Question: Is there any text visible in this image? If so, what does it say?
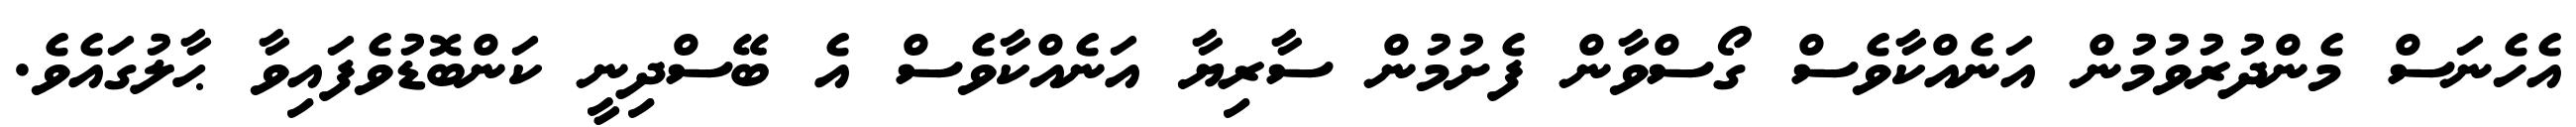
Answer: އެހެނަސް މެންދުރުވުމުން އަނެއްކާވެސް ގޯސްވާން ފެށުމުން ސާރިޔާ އަނެއްކާވެސް އެ ބޭސްދިނީ ކަންބޮޑުވެފައިވާ ޙާލުގައެވެ.